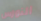
النورس